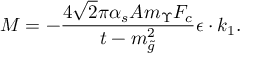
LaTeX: M = - \frac { 4 \sqrt 2 \pi \alpha _ { s } A m _ { \Upsilon } F _ { c } } { t - m _ { \tilde { g } } ^ { 2 } } \epsilon \cdot k _ { 1 } .